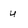
Character: u